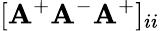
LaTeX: [\mathbf{A}^{+}\mathbf{A}^{-}\mathbf{A}^{+}]_{ii}